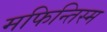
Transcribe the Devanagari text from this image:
मफिन्तिस्म